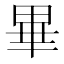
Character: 畢